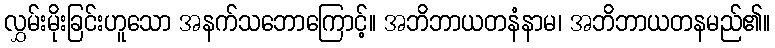
လွှမ်းမိုးခြင်းဟူသော အနက်သဘောကြောင့်။ အဘိဘာယတနံနာမ၊ အဘိဘာယတနမည်၏။